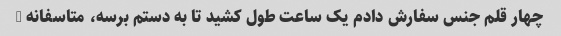
چهار قلم جنس سفارش دادم یک ساعت طول کشید تا به دستم برسه، متاسفانه …